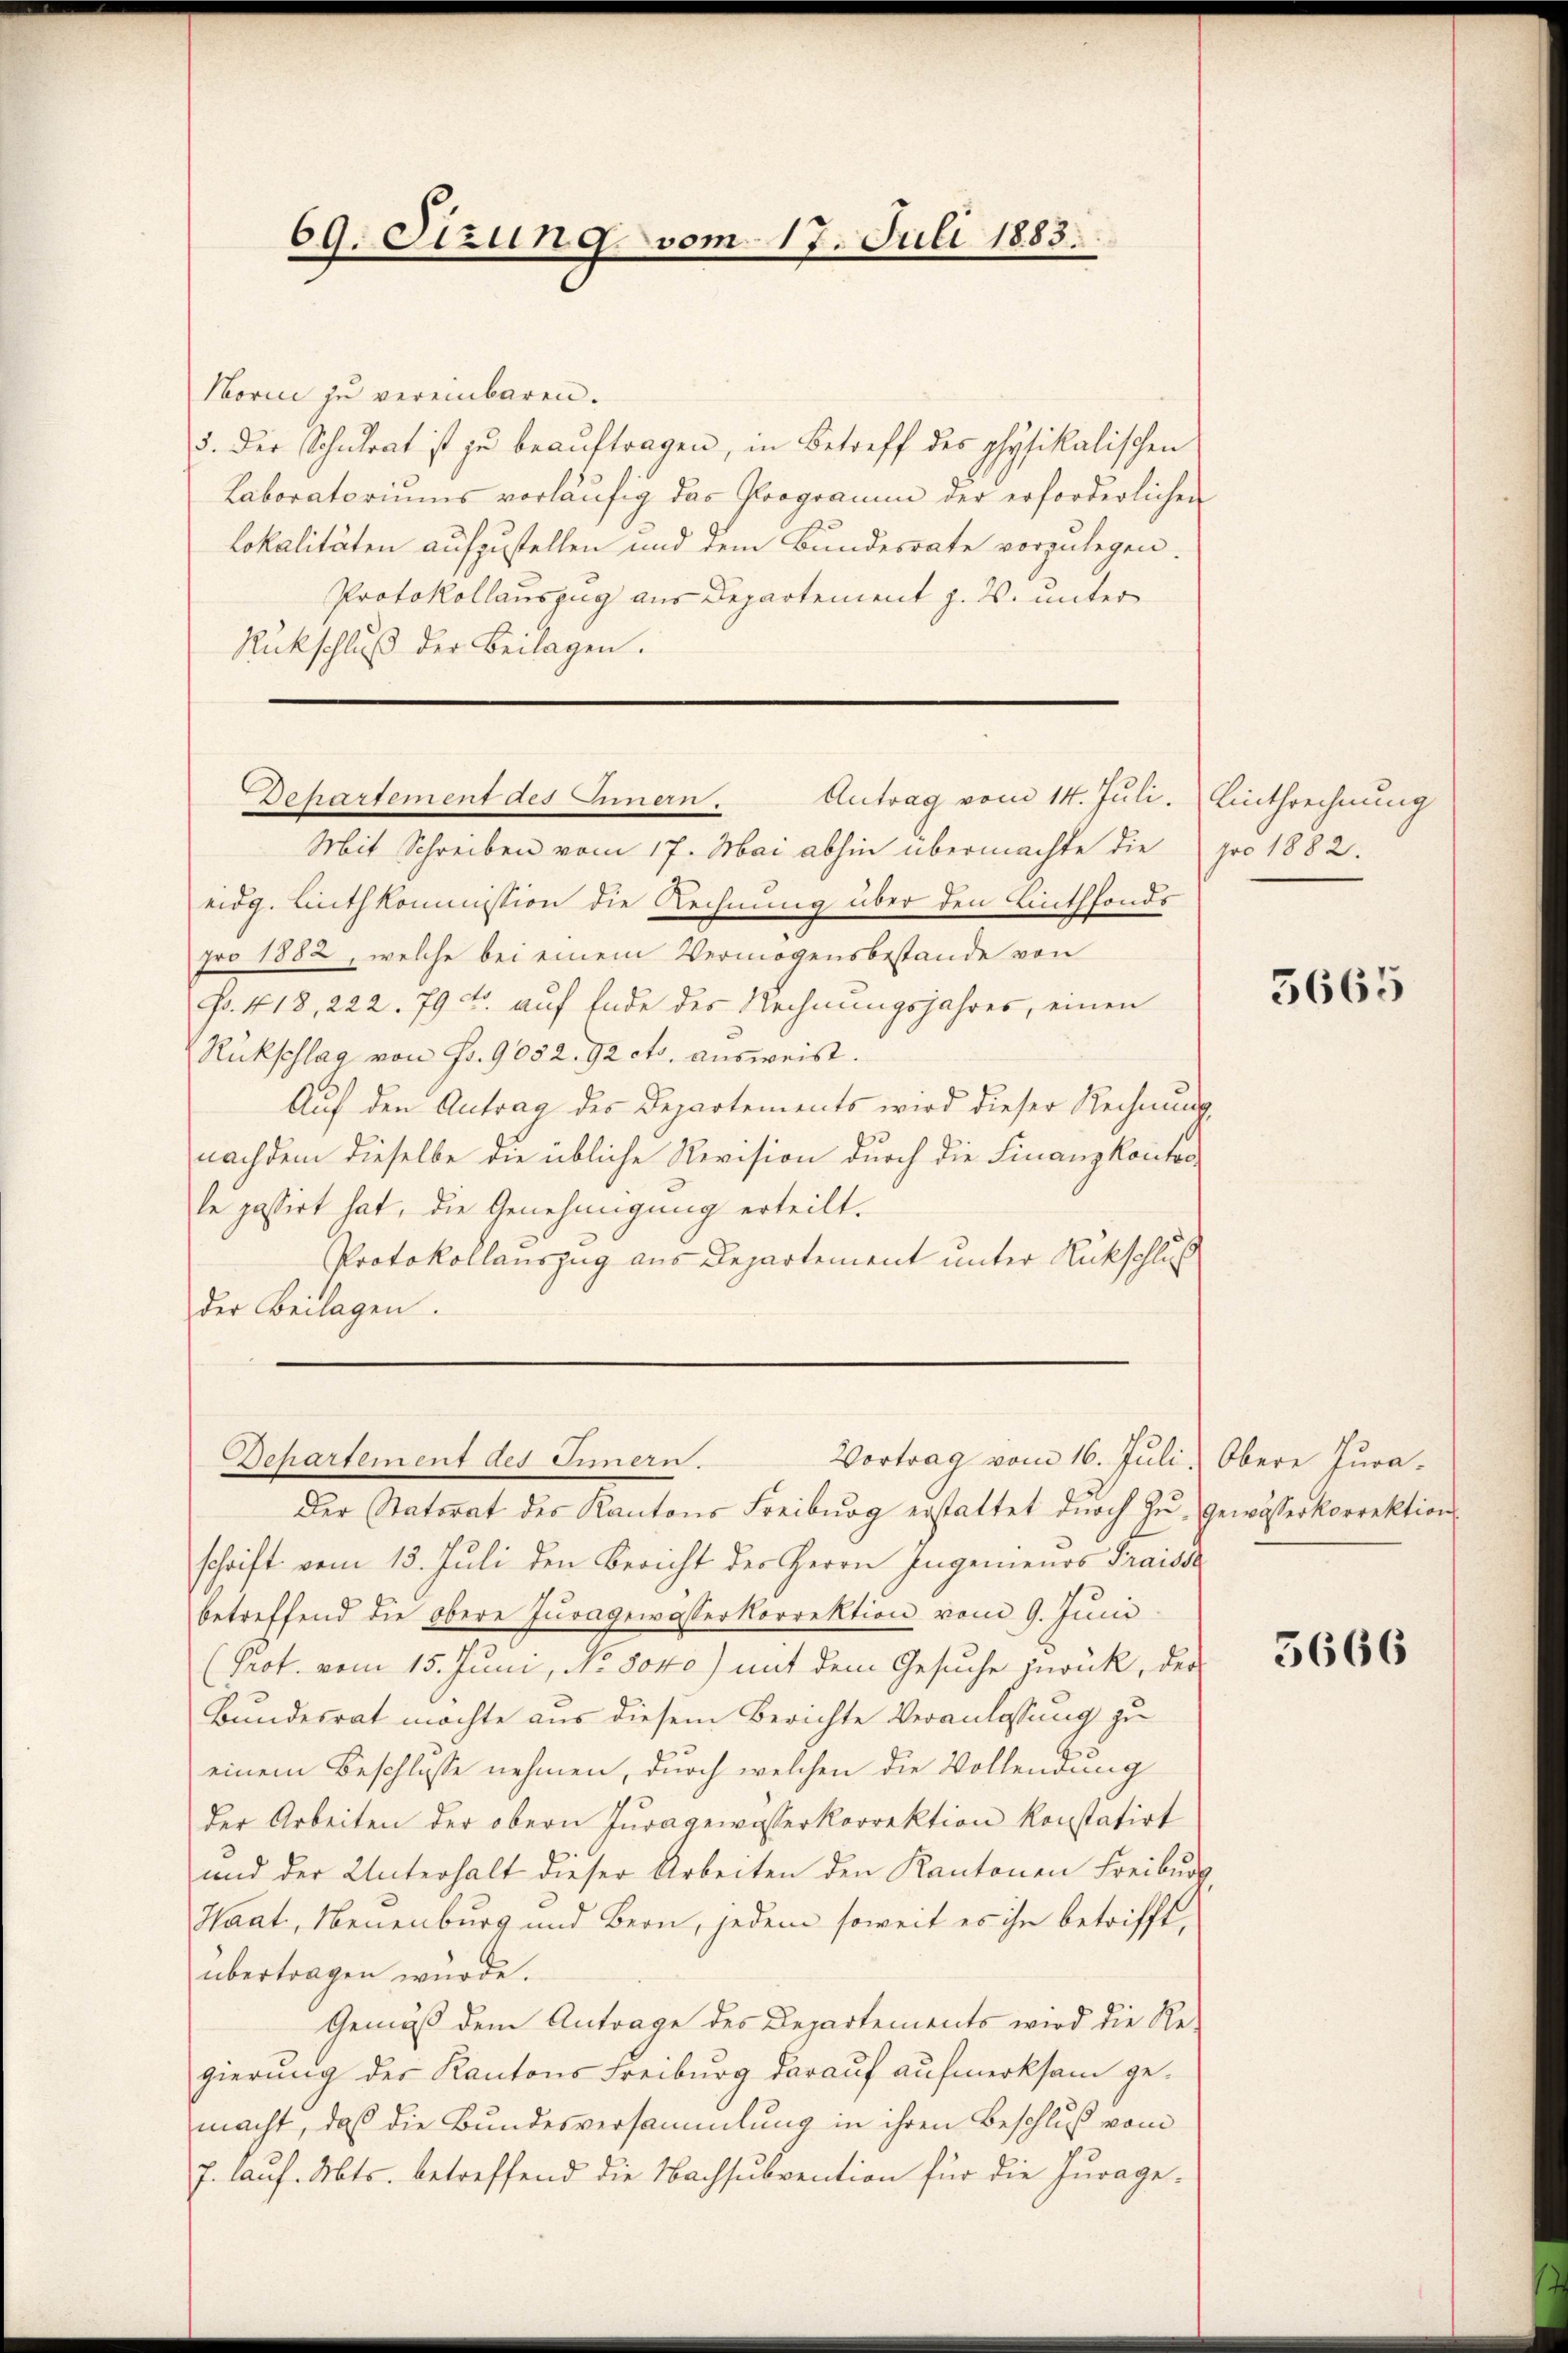
69. Sizung vom 17. Juli 1883.

Norici zu vereinbaren.
5. der Schulrat ist zu beaŭftragen, in Betreff des physikalischen
Laboratoriums vorläufig das Programm der erforderlichen
Lokalitäten aufzustellen und dem Bundesrate vorzulegen.
Protokollauszug aus Departement z. B. unter
Rückschluß der Beilagen.

Dohartement des Innern.
Antrag vom 14. Juli. Linthrechnung

Mit Schreiben vom 17. Mai abhin übermachte die
eidg. Linthkommission die Rechnung über den Linthfonds
pro 1882, welche bei einem Vermögensbestände von
Fr. 418, 222. 79 f. auf Ende des Rechnungsjahres, einen
Rückschlag von Fr. 9052. 92 cts. ausweist.
Auf den Antrag des Departements wird dieser Rechnung,
nachdem dieselbe die übliche Revision durch die Finanzkanton
le passirt hat, die Genehmigung erteilt.
Protokollauszug aus Departement unter Rückschluß
der Beilagen.

Departement des Eimern.
Vortrag vom 16. Juli, Obere Jura¬

pro 1882.

Der Natorat des Kantons Freiburg erstattet durch Zŭ-Gewässerkorrektion.
schrift vom 13. Juli den Bericht der Herrn Ingenieurs Fraissa
betreffend die obere Juragewasserkorrektion vom 9. Juni
(Prof. vom 15. Juni, No. 8040) mit dem Gesuche zurück, der
Bundesrat möchte aus diesem Berichte Veranlassung zu
einem Beschlusse nehmen, durch welchen die Vollendung
der Arbeiten der obern Juragewasserkorrektion konstatirt
und der Unterhalt dieser Arbeiten den Kantonen Freiburg,
Haat, Neuenburg und Bern, jedem soweit es ihn betrifft,
übertragen würde.
Gemäß dem Antrage des Departements wird die Regierung der Kantons Freiburg darauf aufmerksam gemacht, daß die Bundesversammlung in ihren Beschluß vom
J. lauf. Mts. betreffend die Nachsubvention für die Jurage-

5665

5666